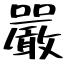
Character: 嚴